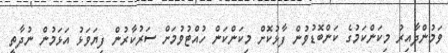
ވަމުންދާއިރު މިކަންކަމުގެ ކަންބޮޑުވުން ފާޅުކޮށް މިކަންކަން ހުއްޓުވުމަށް ސަރުކާރުން ފިޔަވަޅު އަޅަމުން ނުދާތީ